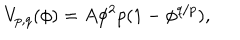
V _ { p , q } ( \phi ) = A \phi ^ { 2 } p ( 1 - \phi ^ { q / p } ) ,